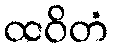
ထဝိတံ